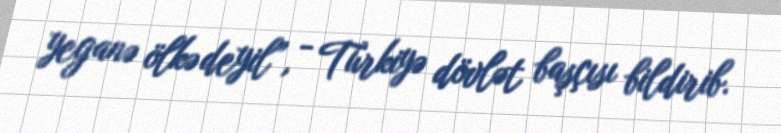
yeganə ölkə deyil”, - Türkiyə dövlət başçısı bildirib.